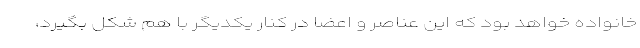
خانواده خواهد بود که این عناصر و اعضا در کنار یکدیگر با هم شکل بگیرد،